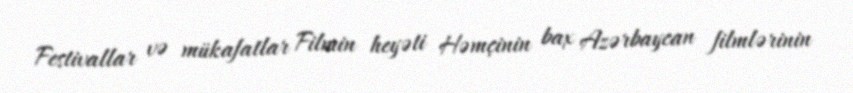
Festivallar və mükafatlar Filmin heyəti Həmçinin bax Azərbaycan filmlərinin